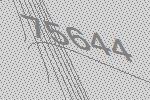
75644